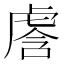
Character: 𰲢